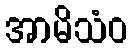
အာမိသံဝ